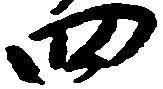
四